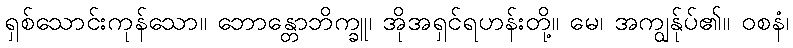
ရှစ်သောင်းကုန်သော။ ဘောန္တောဘိက္ခူ၊ အိုအရှင်ရဟန်းတို့။ မေ၊ အကျွန်ုပ်၏။ ဝစနံ၊